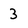
Character: 3